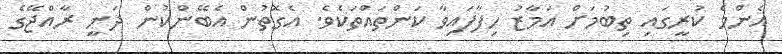
އެންމެ ކުރީގައި ތިބުމަށް އަމާޒު ހިފާފައިވާ ކަންތައްތަކެވެ. އެގޮތުން އެބޭންކުން ދަނީ ރާއްޖޭގެ